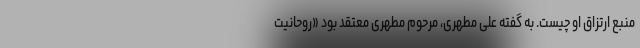
منبع ارتزاق او چیست. به گفته علی مطهری، مرحوم مطهری معتقد بود «روحانیت